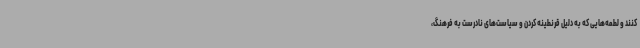
کنند و لطمه‌هایی که به دلیل قرنطینه کردن و سیاست‌های نادرست به فرهنگ،